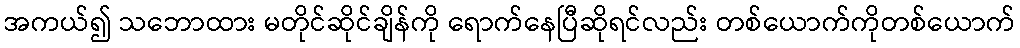
အကယ်၍ သဘောထား မတိုင်ဆိုင်ချိန်ကို ရောက်နေပြီဆိုရင်လည်း တစ်ယောက်ကိုတစ်ယောက်